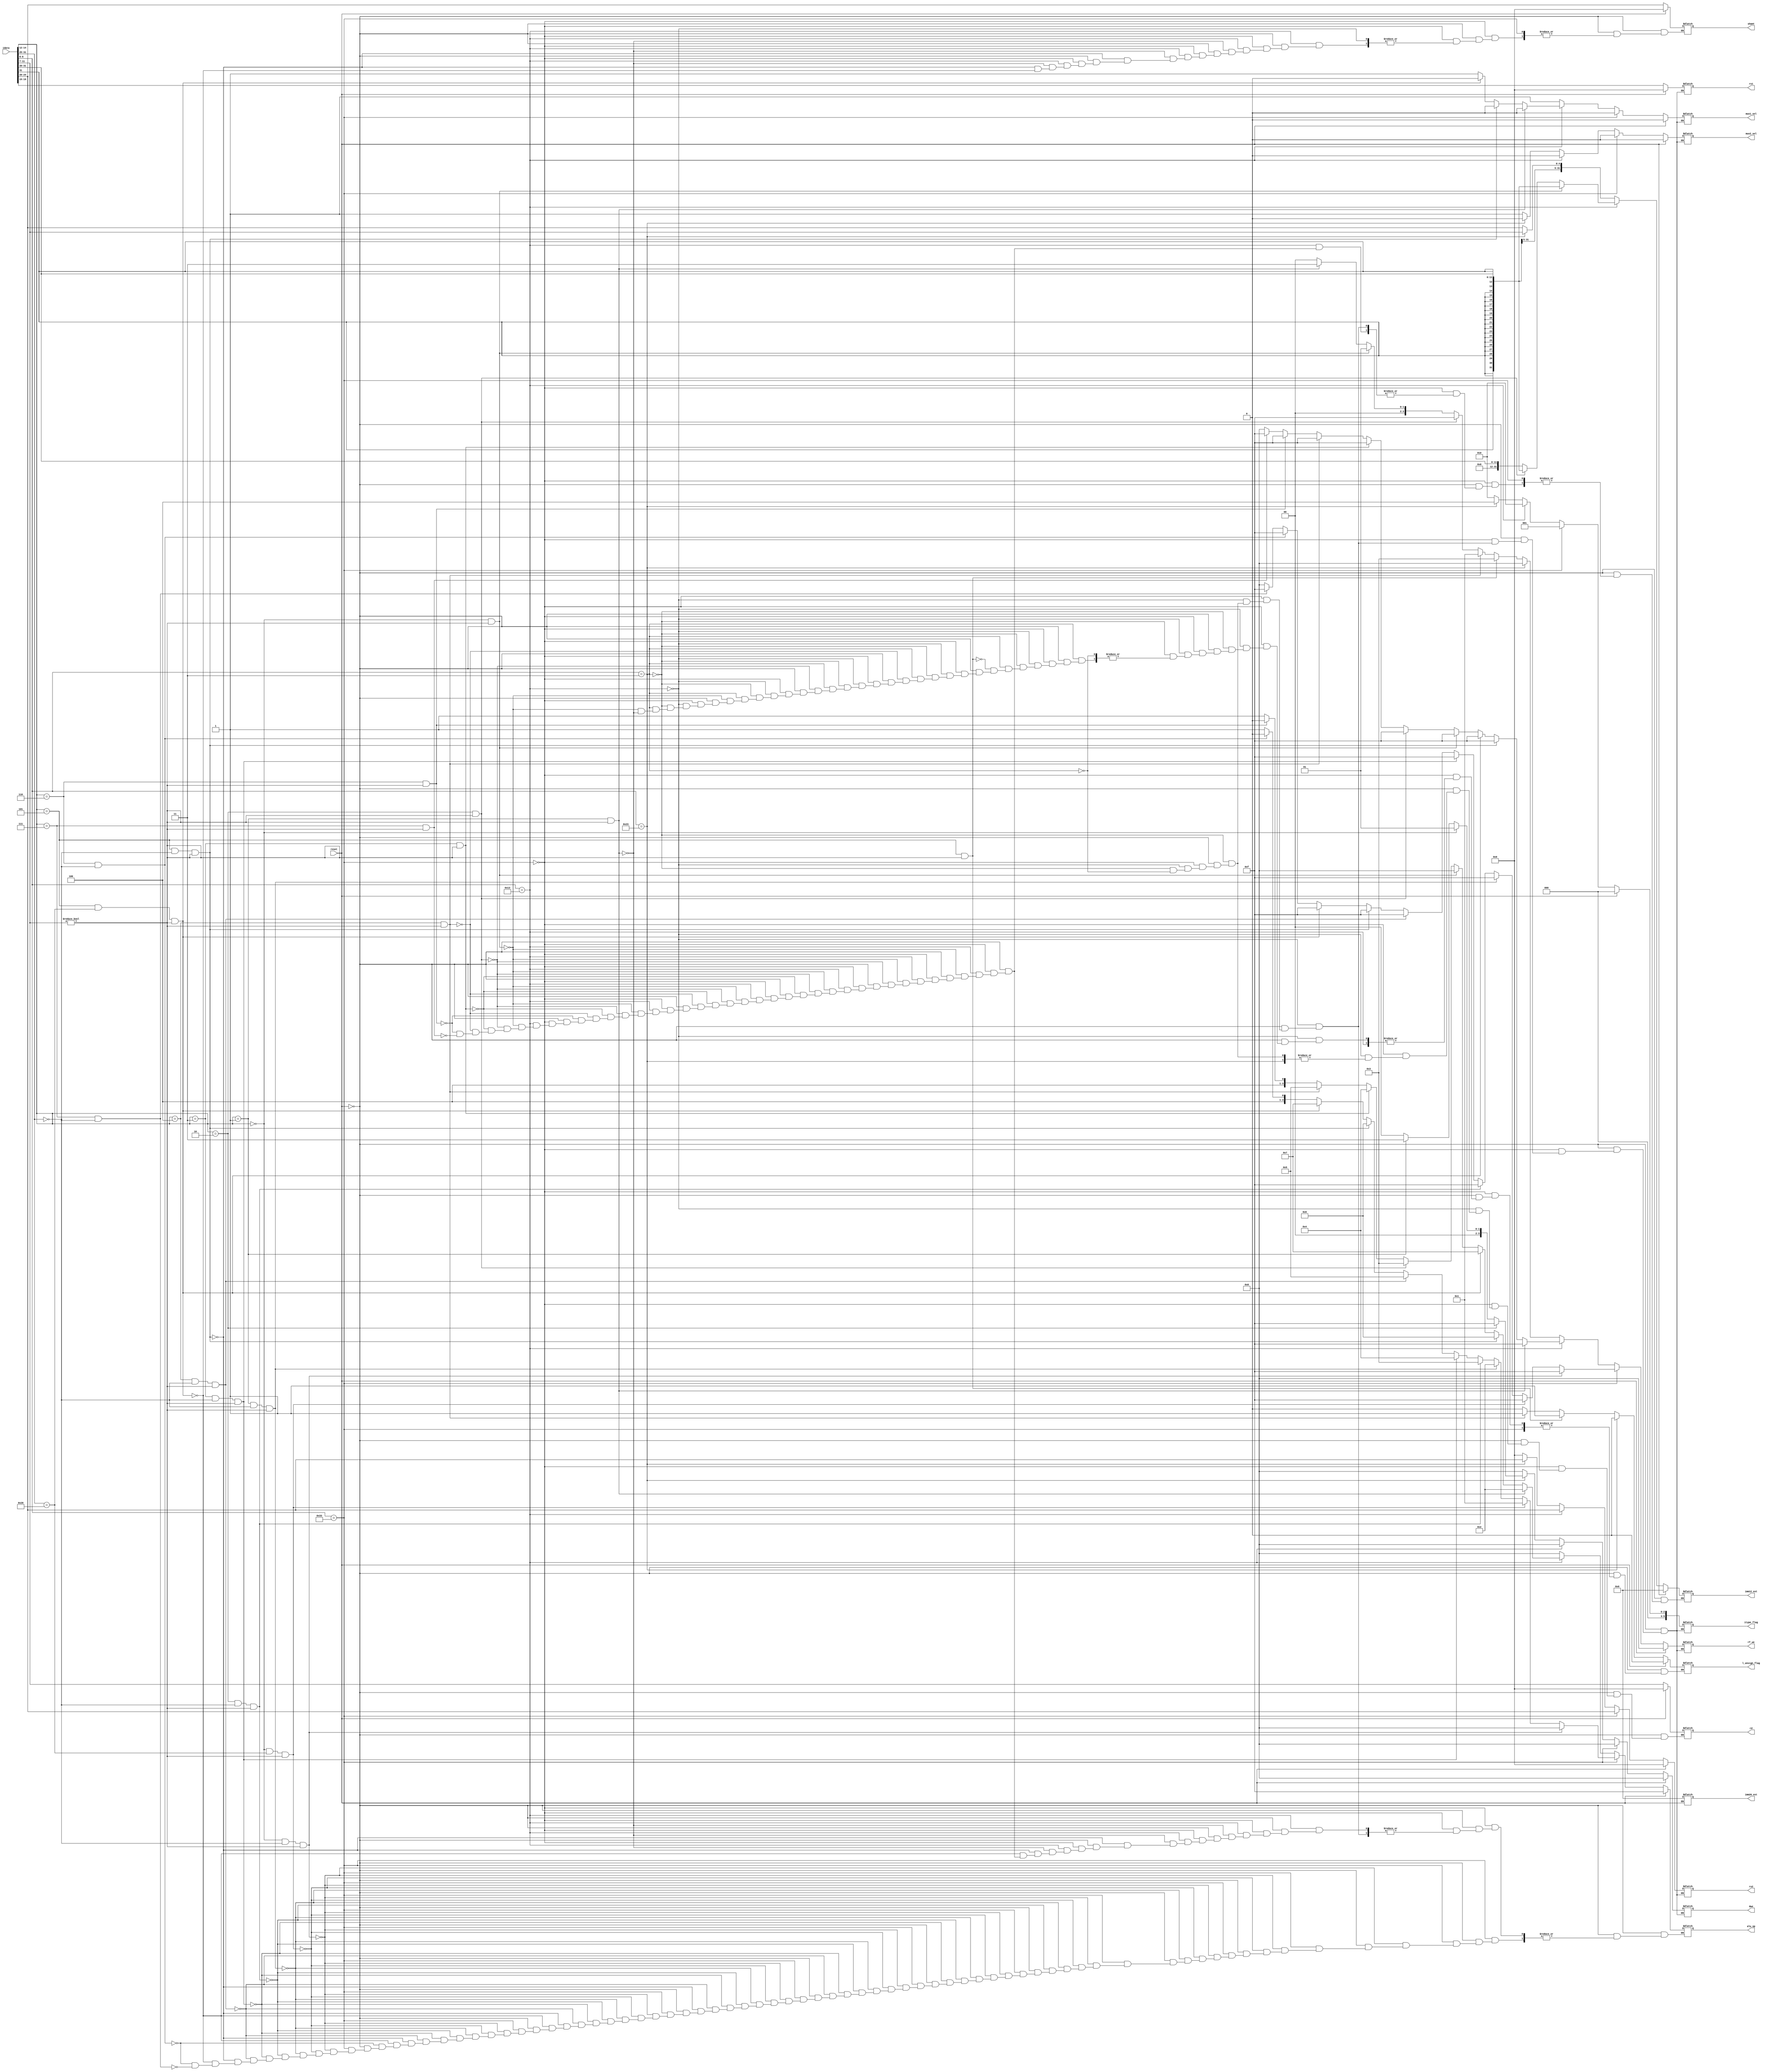
/*  input is idata from IMEM
    outputs are various control signals

    itype_flag = 1 for R type
               = 2 for I type
               = 4 for S type
               = 8 for B type
               = 16 for U type
               = 32 for B type

*/
module control (
    input reset ,
    input [31:0] idata ,
    
    //! control signals
    output reg [3:0] alu_op,
    output reg mux1_sel ,
    output reg mux2_sel ,
    output reg [5:0] itype_flag ,
    output reg [3:0] dwe ,
    output reg [3:0] rf_we , // reg file write enable
    output reg l_unsign_flag ,
    
    //! address or imm types (+shamt)
    output reg [4:0] rs1 , 
    output reg [4:0] rs2 ,
    output reg [4:0] rd ,
    output reg [31:0] imm12_ext ,
    output reg [31:0] imm20_ext ,
    output reg [4:0] shamt 
);
    wire [6:0] opcode;
    assign opcode = idata[6:0]; 

    always @(*) begin
	
    if (reset) begin
        
        // reset addresses and immediate (tyoes)
        rs1 = 0 ;
        rs2 = 0 ;
        rd = 0 ;
        imm12_ext = 0 ;
        imm20_ext = 0 ;
        shamt = 0 ;
        
        // reset control signals to some default state as a flag - good if it signals unused value
        itype_flag = 0 ;  // unused state
        alu_op = 4'b1111 ;  // unused state
        l_unsign_flag = 0 ;
        dwe = 0 ;  // not enabled
        rf_we = 0 ;  // not enabled
        mux1_sel = 0 ; // no choice
        mux2_sel = 0 ; // no choice

    end

    else if ( opcode == 7'b0110011 )   //! R type instruction format with rs2 - to be executed only if rd != 0
    begin
            
        itype_flag = 6'b000001 ;  // flag for R type instruction
        rs1 = idata[19:15] ;
        rs2 = idata[24:20] ;
        rd = idata[11:7] ;
        mux1_sel = 0 ;
        mux2_sel = 0 ;
        dwe = 4'b0000 ;
        rf_we = 0 ;

        if (idata[14:12] == 3'b000 && idata[31:25] == 7'b0000000 && idata[11:7] != 5'd0) begin
            alu_op = 0 ; // 0 for add  
            rf_we = 4'b1111 ;              
        end

        else if (idata[14:12] == 3'b000 && idata[31:25] == 7'b0100000 && idata[11:7] != 5'd0) begin
            alu_op = 1 ; // 1 for sub
            rf_we = 4'b1111 ;
        end

        else if (idata[14:12] == 3'b001 && idata[31:25] == 7'b0000000 && idata[11:7] != 5'd0) begin
            alu_op = 2 ; // 2 for sll
            rf_we = 4'b1111 ;
        end

        else if (idata[14:12] == 3'b010 && idata[31:25] == 7'b0000000 && idata[11:7] != 5'd0) begin
            alu_op = 3 ; // 3 for slt
            rf_we = 4'b1111 ;
        end

        else if (idata[14:12] == 3'b011 && idata[31:25] == 7'b0000000 && idata[11:7] != 5'd0) begin
            alu_op = 4 ; // 4 for sltu
            rf_we = 4'b1111 ;
        end

        else if (idata[14:12] == 3'b100 && idata[31:25] == 7'b0000000 && idata[11:7] != 5'd0) begin 
            alu_op = 5 ; // 5 for xor
            rf_we = 4'b1111 ;
        end

        else if (idata[14:12] == 3'b101 && idata[31:25] == 7'b0000000 && idata[11:7] != 5'd0) begin 
            alu_op = 6 ; // 6 for srl
            rf_we = 4'b1111 ;
        end

        else if (idata[14:12] == 3'b101 && idata[31:25] == 7'b0100000 && idata[11:7] != 5'd0) begin
            alu_op = 7 ; // 7 for sra
            rf_we = 4'b1111 ;
        end

        else if (idata[14:12] == 3'b110 && idata[31:25] == 7'b0000000) begin 
            alu_op = 8 ; // 8 for or
            rf_we = 4'b1111 ;
        end

        else if (idata[14:12] == 3'b111 && idata[31:25] == 7'b0000000) begin
            alu_op = 9 ; // 9 for and
            rf_we = 4'b1111 ;
        end   
        
    end

    //! CHECK FOR SIGN EXTENSION 

    else if ( opcode == 7'b0010011  )  //! I-type instructions - including 12 bit imm and immediate shift type
    begin
            
        rs1 = idata[19:15] ;
        rd = idata[11:7] ;
        rs2 = idata[24:20] ;  // this is for slli , srli , srai
        itype_flag = 6'b000010 ;  // flag for I type instruction 
        rf_we = 0 ;
        mux1_sel = 1 ;
        mux2_sel = 0 ;
        dwe = 0 ;

        if ( idata[14:12] == 3'b000 && idata[11:7] != 5'd0) 
        begin
            alu_op = 0 ; //! addi   
            imm12_ext = {{20{idata[31]}} , idata[31:20]} ;    
            rf_we = 4'b1111 ; 
        end 

        else if ( idata[14:12] == 3'b010 && idata[11:7] != 5'd0) 
        begin
            alu_op = 3 ; //! slti   
            imm12_ext = {{20{idata[31]}} , idata[31:20]} ; 
            rf_we = 4'b1111 ;
        end 

        else if ( idata[14:12] == 3'b011 && idata[11:7] != 5'd0) 
        begin
            alu_op = 4 ; //! sltiu      
            imm12_ext = {{20{1'b0}} , idata[31:20]} ; 
            rf_we = 4'b1111 ;
        end 

        else if ( idata[14:12] == 3'b100 && idata[11:7] != 5'd0) 
        begin
            alu_op = 5 ; //! xori  
            imm12_ext = {{20{1'b0}} , idata[31:20]} ;  
            rf_we = 4'b1111 ;    
        end 

        else if ( idata[14:12] == 3'b110 && idata[11:7] != 5'd0) 
        begin
            alu_op = 8 ; //! ori
            imm12_ext = {{20{1'b0}} , idata[31:20]} ; 
            rf_we = 4'b1111 ;        
        end

        
        else if ( idata[14:12] == 3'b111 && idata[11:7] != 5'd0) 
        begin
            alu_op = 9 ; //! andi   
            imm12_ext = {{20{1'b0}} , idata[31:20]} ;    
            rf_we = 4'b1111 ;  
        end
        
        if ( idata[14:12] == 3'b001 && idata[11:7] != 5'd0) 
        begin
            alu_op = 2 ; //! 2 for slli
            shamt = idata[24:20] ;  // not used but for reference
            // shamt == rs2 ( addresses are same )
            mux1_sel = 0 ;
            rf_we = 4'b1111 ;
        end

        else if ( idata[14:12] == 3'b101 && idata[31:25] == 7'b0000000 && idata[11:7] != 5'd0) 
        begin
            alu_op = 6 ; //! 6 for srli
            shamt = idata[24:20] ;  // not used but for reference
            // shamt == rs2 ( addresses are same )
            mux1_sel = 0 ;
            rf_we = 4'b1111 ;
        end
            
        else if ( idata[14:12] == 3'b101 && idata[31:25] == 7'b0100000 && idata[11:7] != 5'd0) 
        begin
            alu_op = 7 ; //! 12 for srai 
            shamt = idata[24:20] ;  // not used but for reference
            // shamt == rs2 ( addresses are same )
            mux1_sel = 0 ;
            rf_we = 4'b1111 ;
        end 
        
    end

    else if ( opcode == 7'b0100011 )  //! S-type instructions 
    begin
            
        rs1 = idata[19:15] ;
        rs2 = idata[24:20] ;
        imm12_ext = {{20{idata[31]}} , {idata[31:25]} , {idata[11:7]}} ;
        mux1_sel = 1 ;
        mux2_sel = 0 ;  // does not matter ; actually don't care
        rf_we = 0 ;
        alu_op = 0;  // 0 for signed addition
        itype_flag = 6'b000100 ;  // flag for S type
        l_unsign_flag = 0 ;
        dwe = 0 ;
        
        if ( idata[14:12] == 3'b000 ) begin
            // sb instruction . data_write_enable = 0001 ;
            dwe = 4'b0001 ;
        end

        else if ( idata[14:12] == 3'b001 ) begin
            // sh instruction . data_write_enable = 0011 ;
            dwe = 4'b0011 ;
        end
     
        if ( idata[14:12] == 3'b010 ) begin
            // sw instruction . data_write_enable = 1111 ;
            dwe = 4'b1111 ;
        end
     
    end
    

    else if ( opcode == 7'b0000011 )  //!  load instructions
    begin
             
        rs1 = idata[19:15] ;
        rd = idata[11:7] ;
        imm12_ext = {{20{idata[31]}} , idata[31:20]} ;  
        mux1_sel = 1 ;  // select immediate path
        itype_flag = 6'b000010 ;  // flag for I type instruction 
        alu_op = 0 ;  // 0 for ADD [adding address] 
        dwe = 0 ;
        rs2 = 0 ;
        mux2_sel = 1 ;
        rf_we = 0 ;
        
        if ( idata[14:12] == 3'b000 && idata[11:7] != 0) begin  // lb instruction . 
            rf_we = 4'b0001 ;
            l_unsign_flag = 0 ;
        end

        else if ( idata[14:12] == 3'b001 && idata[11:7] != 0) begin  // lh instruction . 
            rf_we = 4'b0011 ;
            l_unsign_flag = 0 ;
        end

        if ( idata[14:12] == 3'b010 && idata[11:7] != 0) begin  // lw instruction . 
            rf_we = 4'b1111 ;
            l_unsign_flag = 0 ;
        end

        //! lhu lbu check

        if ( idata[14:12] == 3'b100 && idata[11:7] != 0) begin  // lbu instruction . 
            rf_we = 4'b0001 ;
            l_unsign_flag = 1 ;
        end

        if ( idata[14:12] == 3'b101 && idata[11:7] != 0) begin  // lhu instruction . 
            rf_we = 4'b0011 ;
            l_unsign_flag = 1 ;
        end
    end
   
    end   // end of always block
endmodule